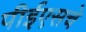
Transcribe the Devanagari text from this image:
पीईएसचे